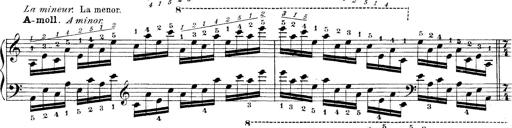
Title: Technische Studien
Composer: Franz Liszt